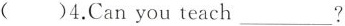
( )4.Can you teach___?